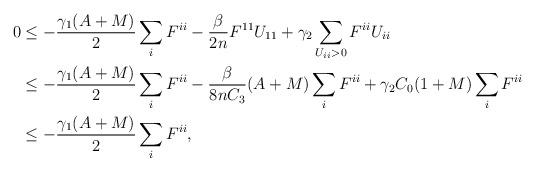
LaTeX: \begin{align*}\begin{aligned}0 &\leq - \frac{\gamma_1 (A + M)}{2} \sum_i F^{ii} - \frac{\beta}{2n} F^{11} U_{11} + \gamma_2 \sum_{U_{ii} > 0} F^{ii} U_{ii}\\&\leq - \frac{\gamma_1 (A + M)}{2} \sum_i F^{ii} - \frac{\beta}{8n C_3} (A + M) \sum_i F^{ii} + \gamma_2 C_0 (1 + M) \sum_{i} F^{ii}\\ &\leq - \frac{\gamma_1 (A + M)}{2} \sum_i F^{ii},\end{aligned}\end{align*}